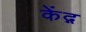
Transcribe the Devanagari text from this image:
केंद्ग